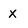
Character: x